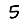
Digit: 5